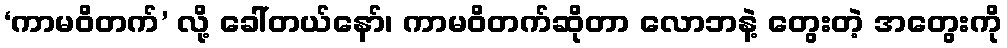
‘ကာမဝိတက်’ လို့ ခေါ်တယ်နော်၊ ကာမဝိတက်ဆိုတာ လောဘနဲ့ တွေးတဲ့ အတွေးကို